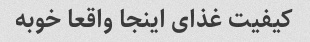
کیفیت غذای اینجا واقعا خوبه